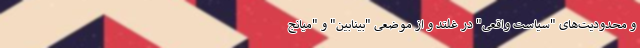
و محدودیت‌های "سیاست واقعی" در غلتد و از موضعی "بینابین" و "میانج